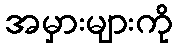
အမှားများကို